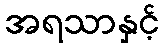
အရသာနှင့်